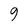
Character: 9